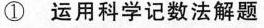
①运用科学记数法解题